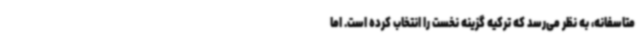
متاسفانه، به نظر می‌رسد که ترکیه گزینه نخست را انتخاب کرده است. اما